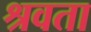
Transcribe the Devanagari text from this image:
श्रवता